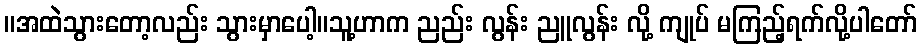
။အထဲသွားတော့လည်း သွားမှာပေါ့။သူ့ဟာက ညည်း လွန်း ညူလွန်း လို့ ကျုပ် မကြည့်ရက်လို့ပါတော်